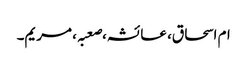
ام اسحاق، عائشہ،صعبہ، مریم۔